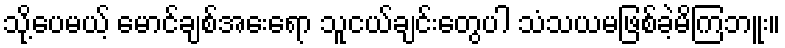
သို့ပေမယ့် မောင်ချစ်အေးရော သူငယ်ချင်းတွေပါ သံသယမဖြစ်ခဲ့မိကြဘူး။